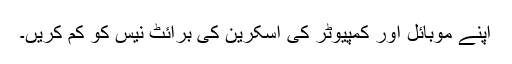
اپنے موبائل اور کمپیوٹر کی اسکرین کی برائٹ نیس کو کم کریں۔